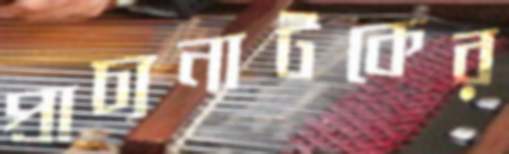
প্রাচ্যনাটকের